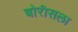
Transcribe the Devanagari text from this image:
बोरीसला